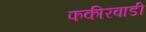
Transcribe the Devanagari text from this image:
फकीरवाडी